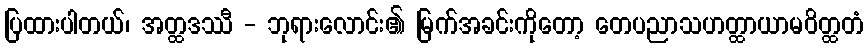
ပြထားပါတယ်၊ အတ္ထဒဿီ - ဘုရားလောင်း၏ မြက်အခင်းကိုတော့ တေပညာသဟတ္ထာယာမဝိတ္ထတံ